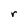
Character: r